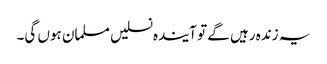
یہ زندہ رہیں گے تو آیندہ نسلیں مسلمان ہوں گی۔